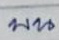
บน